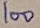
Text: 100